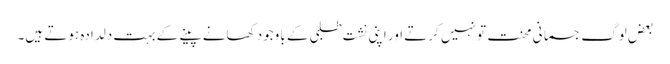
بعض لوگ جسمانی محنت تو نہیں کرتے اور اپنی نشت طلبی کے باوجود کھانے پینے کے بہت دلدادہ ہوتے ہیں۔